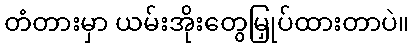
တံတားမှာ ယမ်းအိုးတွေမြှုပ်ထားတာပဲ။